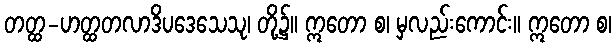
တတ္ထ-ဟတ္ထတလာဒိပဒေသေသု၊ တို့၌။ ဣတော စ၊ မှလည်းကောင်း။ ဣတော စ၊